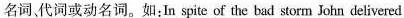
名词、代词或动名词。如:In spite of the bad storm John delivered